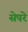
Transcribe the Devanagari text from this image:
सेपरे